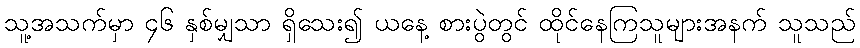
သူ့အသက်မှာ ၄၆ နှစ်မျှသာ ရှိသေး၍ ယနေ့ စားပွဲတွင် ထိုင်နေကြသူများအနက် သူသည်